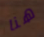
هنا